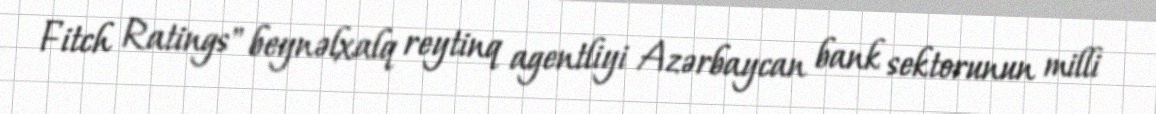
Fitch Ratings" beynəlxalq reytinq agentliyi Azərbaycan bank sektorunun milli